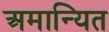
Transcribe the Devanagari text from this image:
अमान्यित